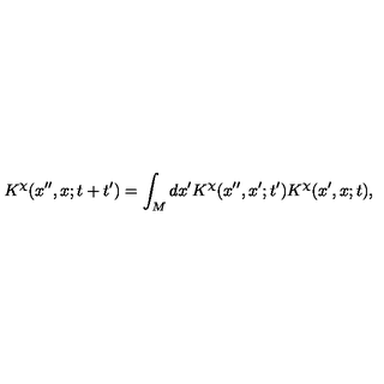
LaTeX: K ^ { \chi } ( x ^ { \prime \prime } , x ; t + t ^ { \prime } ) = \int _ { M } d x ^ { \prime } K ^ { \chi } ( x ^ { \prime \prime } , x ^ { \prime } ; t ^ { \prime } ) K ^ { \chi } ( x ^ { \prime } , x ; t ) ,